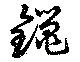
鑞